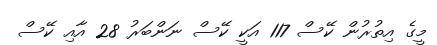
މީގެ އިތުރުން ކޭސް 117 އަކީ ކޭސް ނަންބަރު 28 އާއި ކޭސް